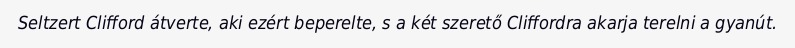
Seltzert Clifford átverte, aki ezért beperelte, s a két szerető Cliffordra akarja terelni a gyanút.